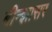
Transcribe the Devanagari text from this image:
बीन्झासर